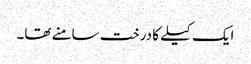
ایک کیلے کا درخت سامنے تھا۔